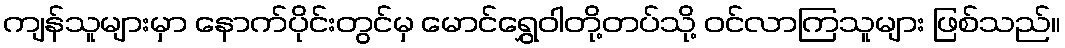
ကျန်သူများမှာ နောက်ပိုင်းတွင်မှ မောင်ရွှေဝါတို့တပ်သို့ ဝင်လာကြသူများ ဖြစ်သည်။